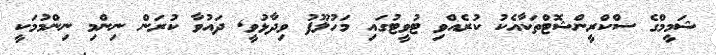
ޝަމީމްގެ ސްކްރީންޝޮޓްތަކާއެކު ކުރެއްވި ޓުވީޓުގައި މަހުލޫފު ވިދާޅުވީ